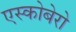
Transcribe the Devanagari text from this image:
एस्कोबेरो